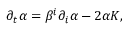
\partial _ { t } \alpha = \beta ^ { i } \partial _ { i } \alpha - 2 \alpha K ,